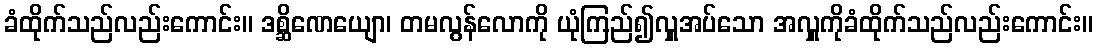
ခံထိုက်သည်လည်းကောင်း။ ဒစ္ဆိဏေယျော၊ တမလွန်လောကို ယုံကြည်၍လှူအပ်သော အလှူကိုခံထိုက်သည်လည်းကောင်း။